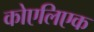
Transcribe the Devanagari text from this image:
कोएलिएक